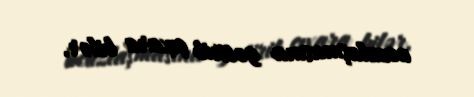
ucuzlaşmasına gətirib çıxara bilər.